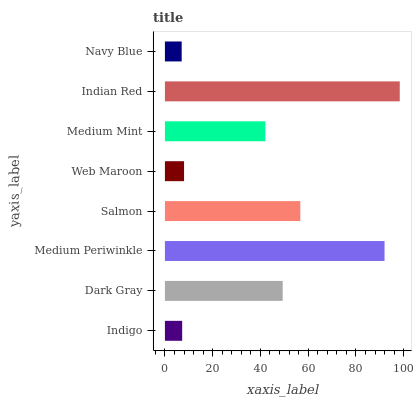
| yaxis_label | bars |
 | --- | --- |
 | Indigo | 7.23 |
 | Dark Gray | 49.3 |
 | Medium Periwinkle | 92 |
 | Salmon | 56.7 |
 | Web Maroon | 8.02 |
 | Medium Mint | 42.1 |
 | Indian Red | 98.4 |
 | Navy Blue | 7.02 |